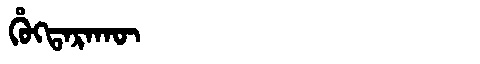
Manchu: ᡥᡠᡴᡨᠠᡵᠠᡴᡡ
Romanization: HUKTARAKŪ